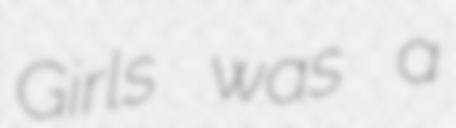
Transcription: Girls was a